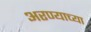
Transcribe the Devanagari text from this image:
अरण्याच्या